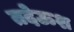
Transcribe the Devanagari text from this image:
तदेऊश